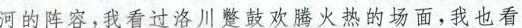
河的阵容,我看过洛川蹩鼓欢腾火热的场面，我也看